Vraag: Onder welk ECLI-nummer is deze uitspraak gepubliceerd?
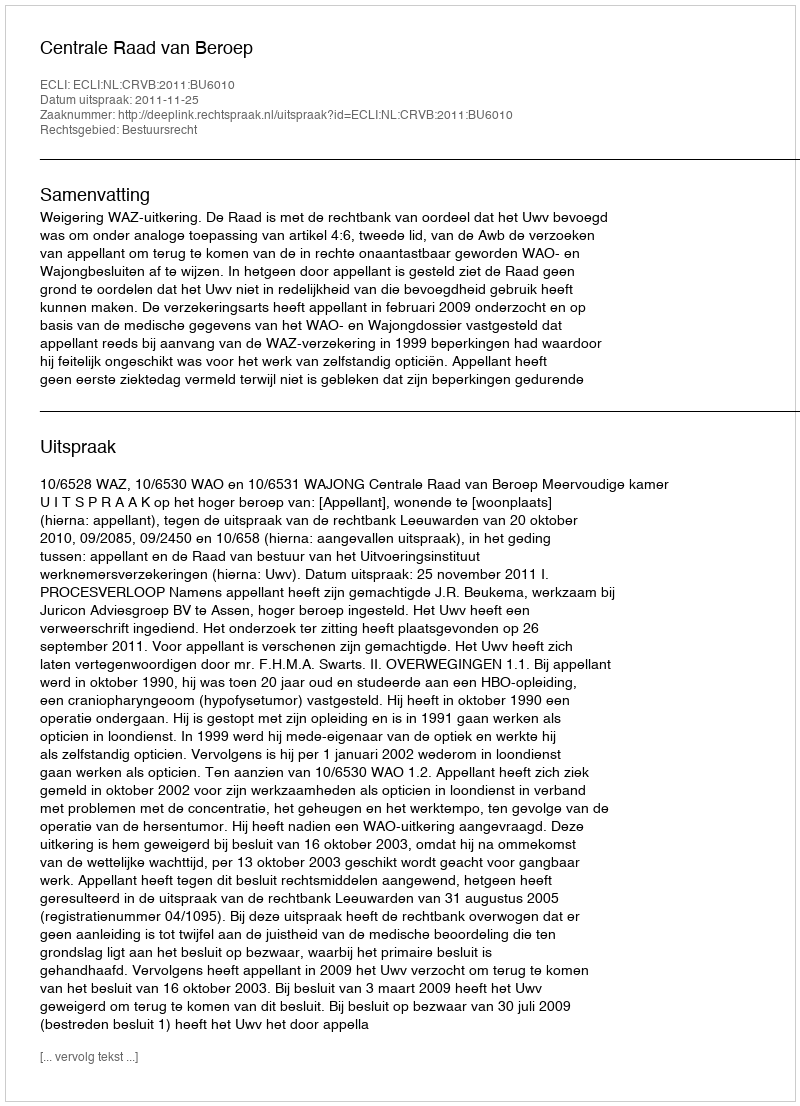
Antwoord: ECLI:NL:CRVB:2011:BU6010